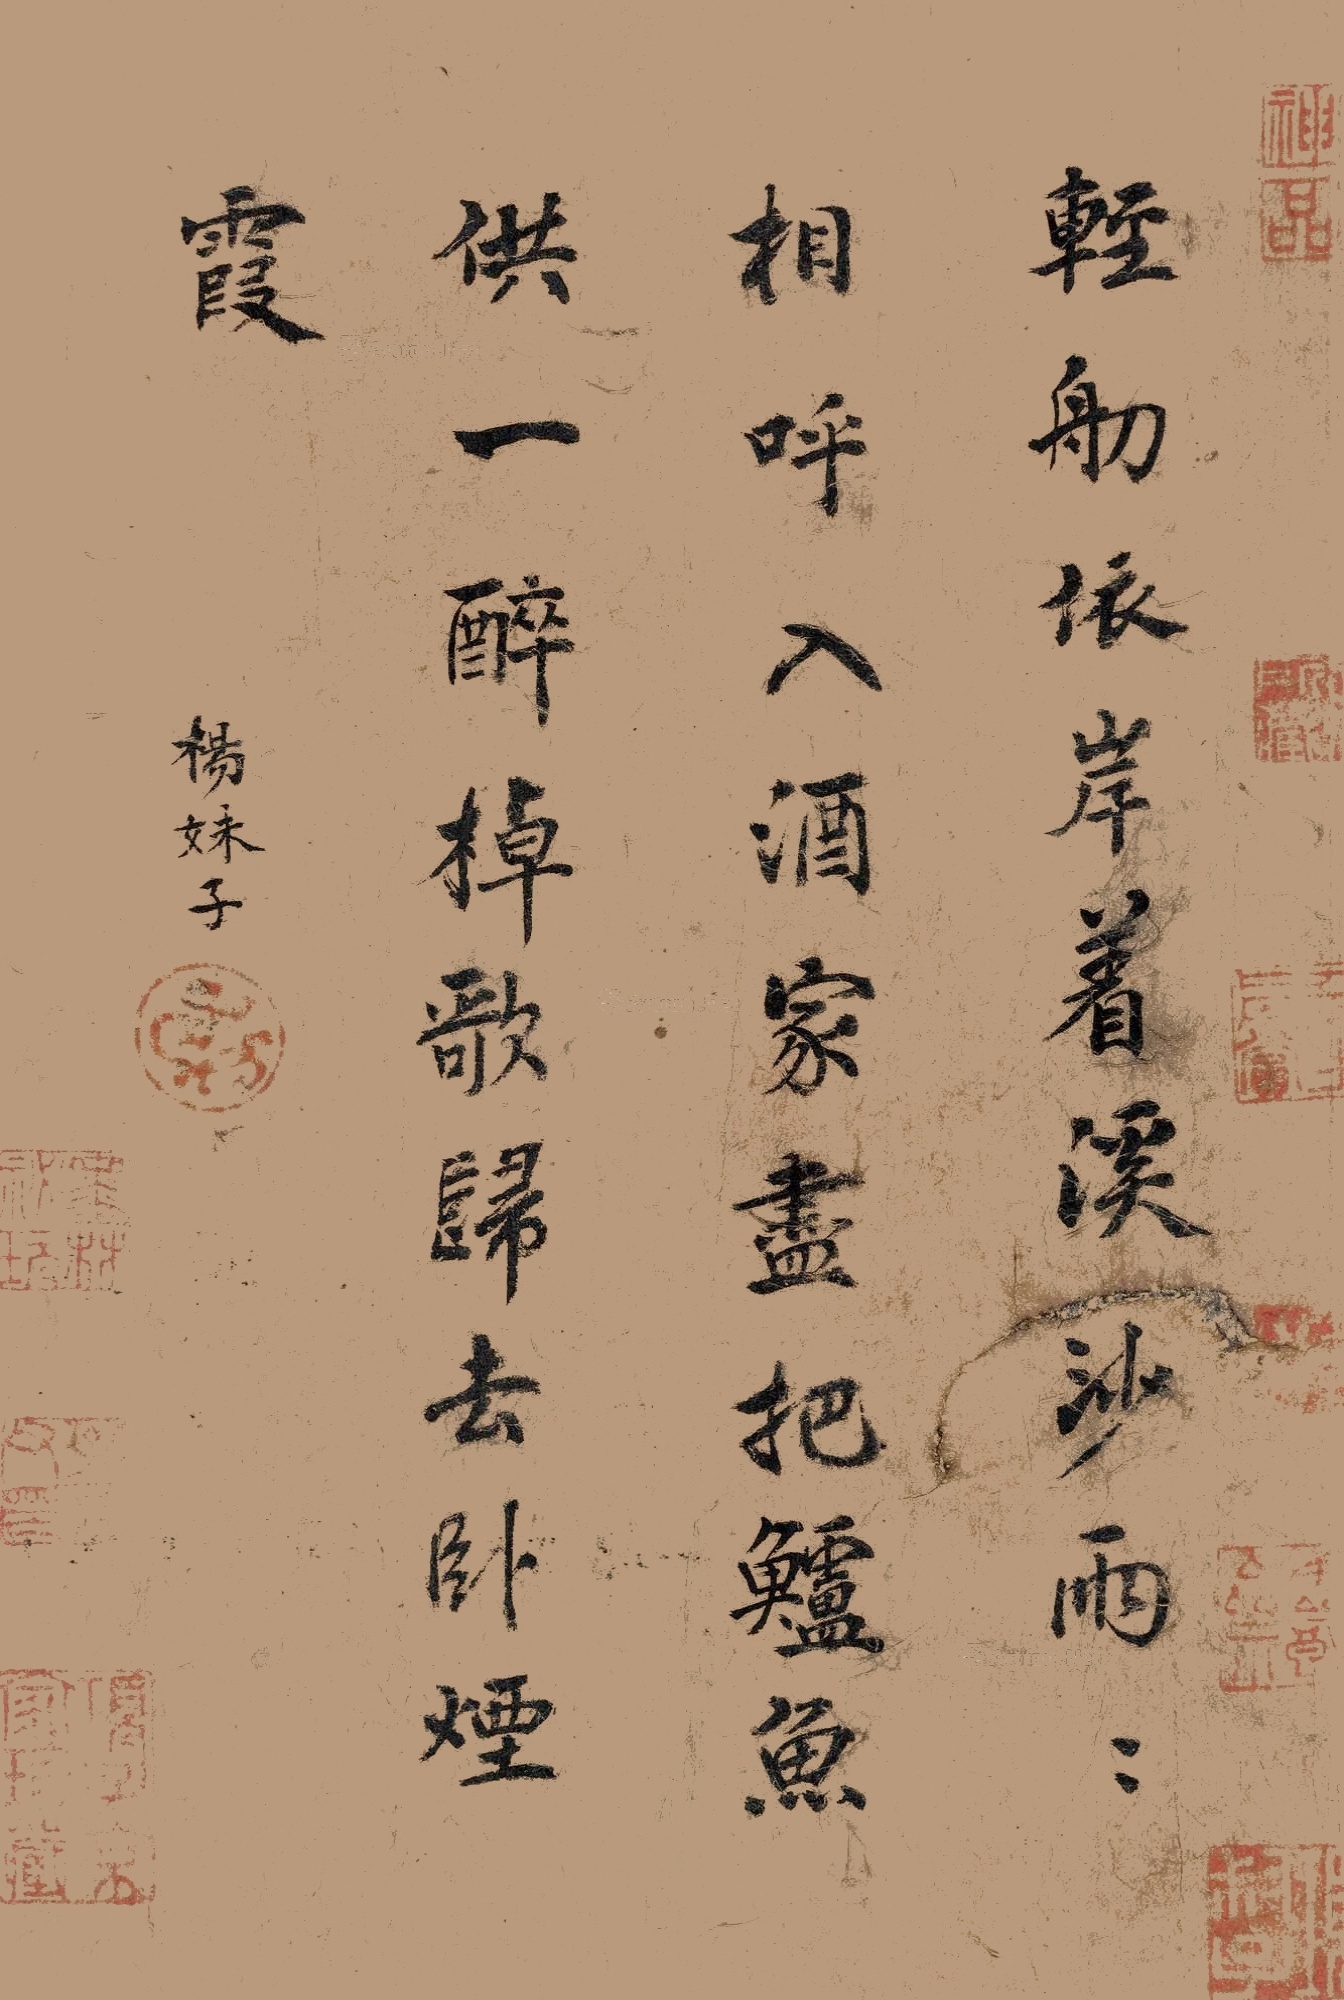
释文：轻舠依岸着溪沙，两两相呼入酒家。尽把鲈鱼供一醉，棹歌归去卧烟霞。杨妹子。